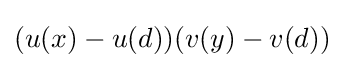
(u(x)-u(d))(v(y)-v(d))